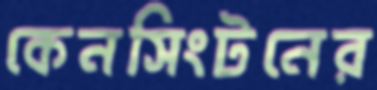
কেনসিংটনের